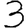
Digit: 3